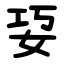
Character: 㚽